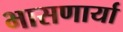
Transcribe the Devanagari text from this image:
भासणार्या